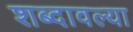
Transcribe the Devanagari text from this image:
शब्दावल्या